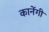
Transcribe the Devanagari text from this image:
कानेंगी